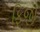
ફિજી